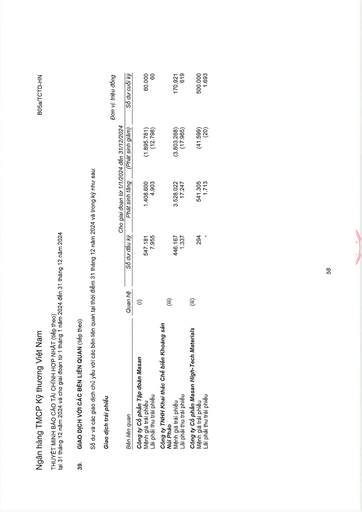
|||Cho|giai đoạn từ 1/1/2024|đến 31/12/2024|vị: triệu đồng| |---|---|---|---|---|---| |Bên liên quan|Quan hệ|Số dư đầu kỳ|Phát sinh tăng|(Phát sinh giảm)|Số dư cuối kỳ| |Công ty Cổ phần Tập đoàn Masan|(i)||||| |Mệnh giá trái phiếu||547.181|1.408.600|(1.895.781)|60.000| |Lãi phải thu trái phiếu||7.955|4.903|(12.798)|60| |Công ty TNHH Khai thác Chế biến Khoáng sản Núi Pháo|(iii)||||| |Mệnh giá trái phiếu||446.167|3.528.022|(3.803.268)|170.921| |Lãi phải thu trái phiếu||1.337|17.247|(17.965)|619| |Công ty Cổ phần Masan High-Tech Materials|(iii)||||| |Mệnh giá trái phiếu||294|541.305|(41.599)|500.000| |Lãi phải thu trái phiếu||-|1.713|(20)|1.693|